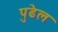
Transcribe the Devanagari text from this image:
पुढेल